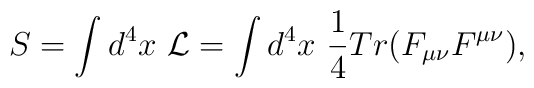
S= \int  d^4 x \  {\cal L} = \int d^4 x \ {1\over 4} Tr(F_{\mu\nu}F^{\mu\nu}),